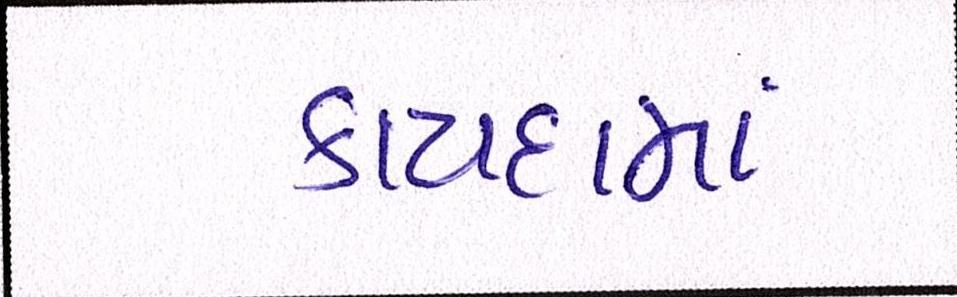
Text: કાયદામાં